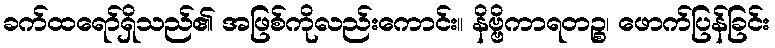
ခက်ထရော်ရှိသည်၏ အဖြစ်ကိုလည်းကောင်း။ နိဗ္ဗိကာရတဉ္စ၊ ဖောက်ပြန်ခြင်း